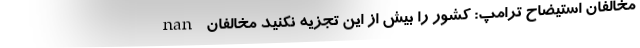
nan مخالفان استیضاح ترامپ: کشور را بیش از این تجزیه نکنید مخالفان